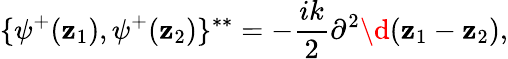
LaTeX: \{ \psi^{+}(\mathbf{z}_{1}),\psi^{+}(\mathbf{z}_{2})\} ^{**}=-{\frac{{ik}}{{2}}}\partial^{2}\d{(}\mathbf{z}_{1}-\mathbf{z}_{2}),